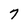
Character: 7